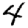
Digit: 4